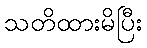
သတိထားမိပြီး